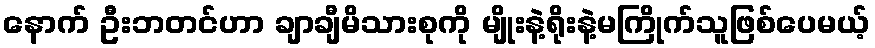
နောက် ဦးဘတင်ဟာ ချာချီမိသားစုကို မျိုးနဲ့ရိုးနဲ့မကြိုက်သူဖြစ်ပေမယ့်